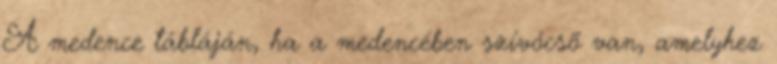
A medence tábláján, ha a medencében szívócsõ van, amelyhez